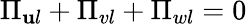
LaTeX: \Pi_{\mathbf{u}l}+\Pi_{vl}+\Pi_{wl}=0